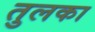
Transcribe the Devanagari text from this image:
तुलका